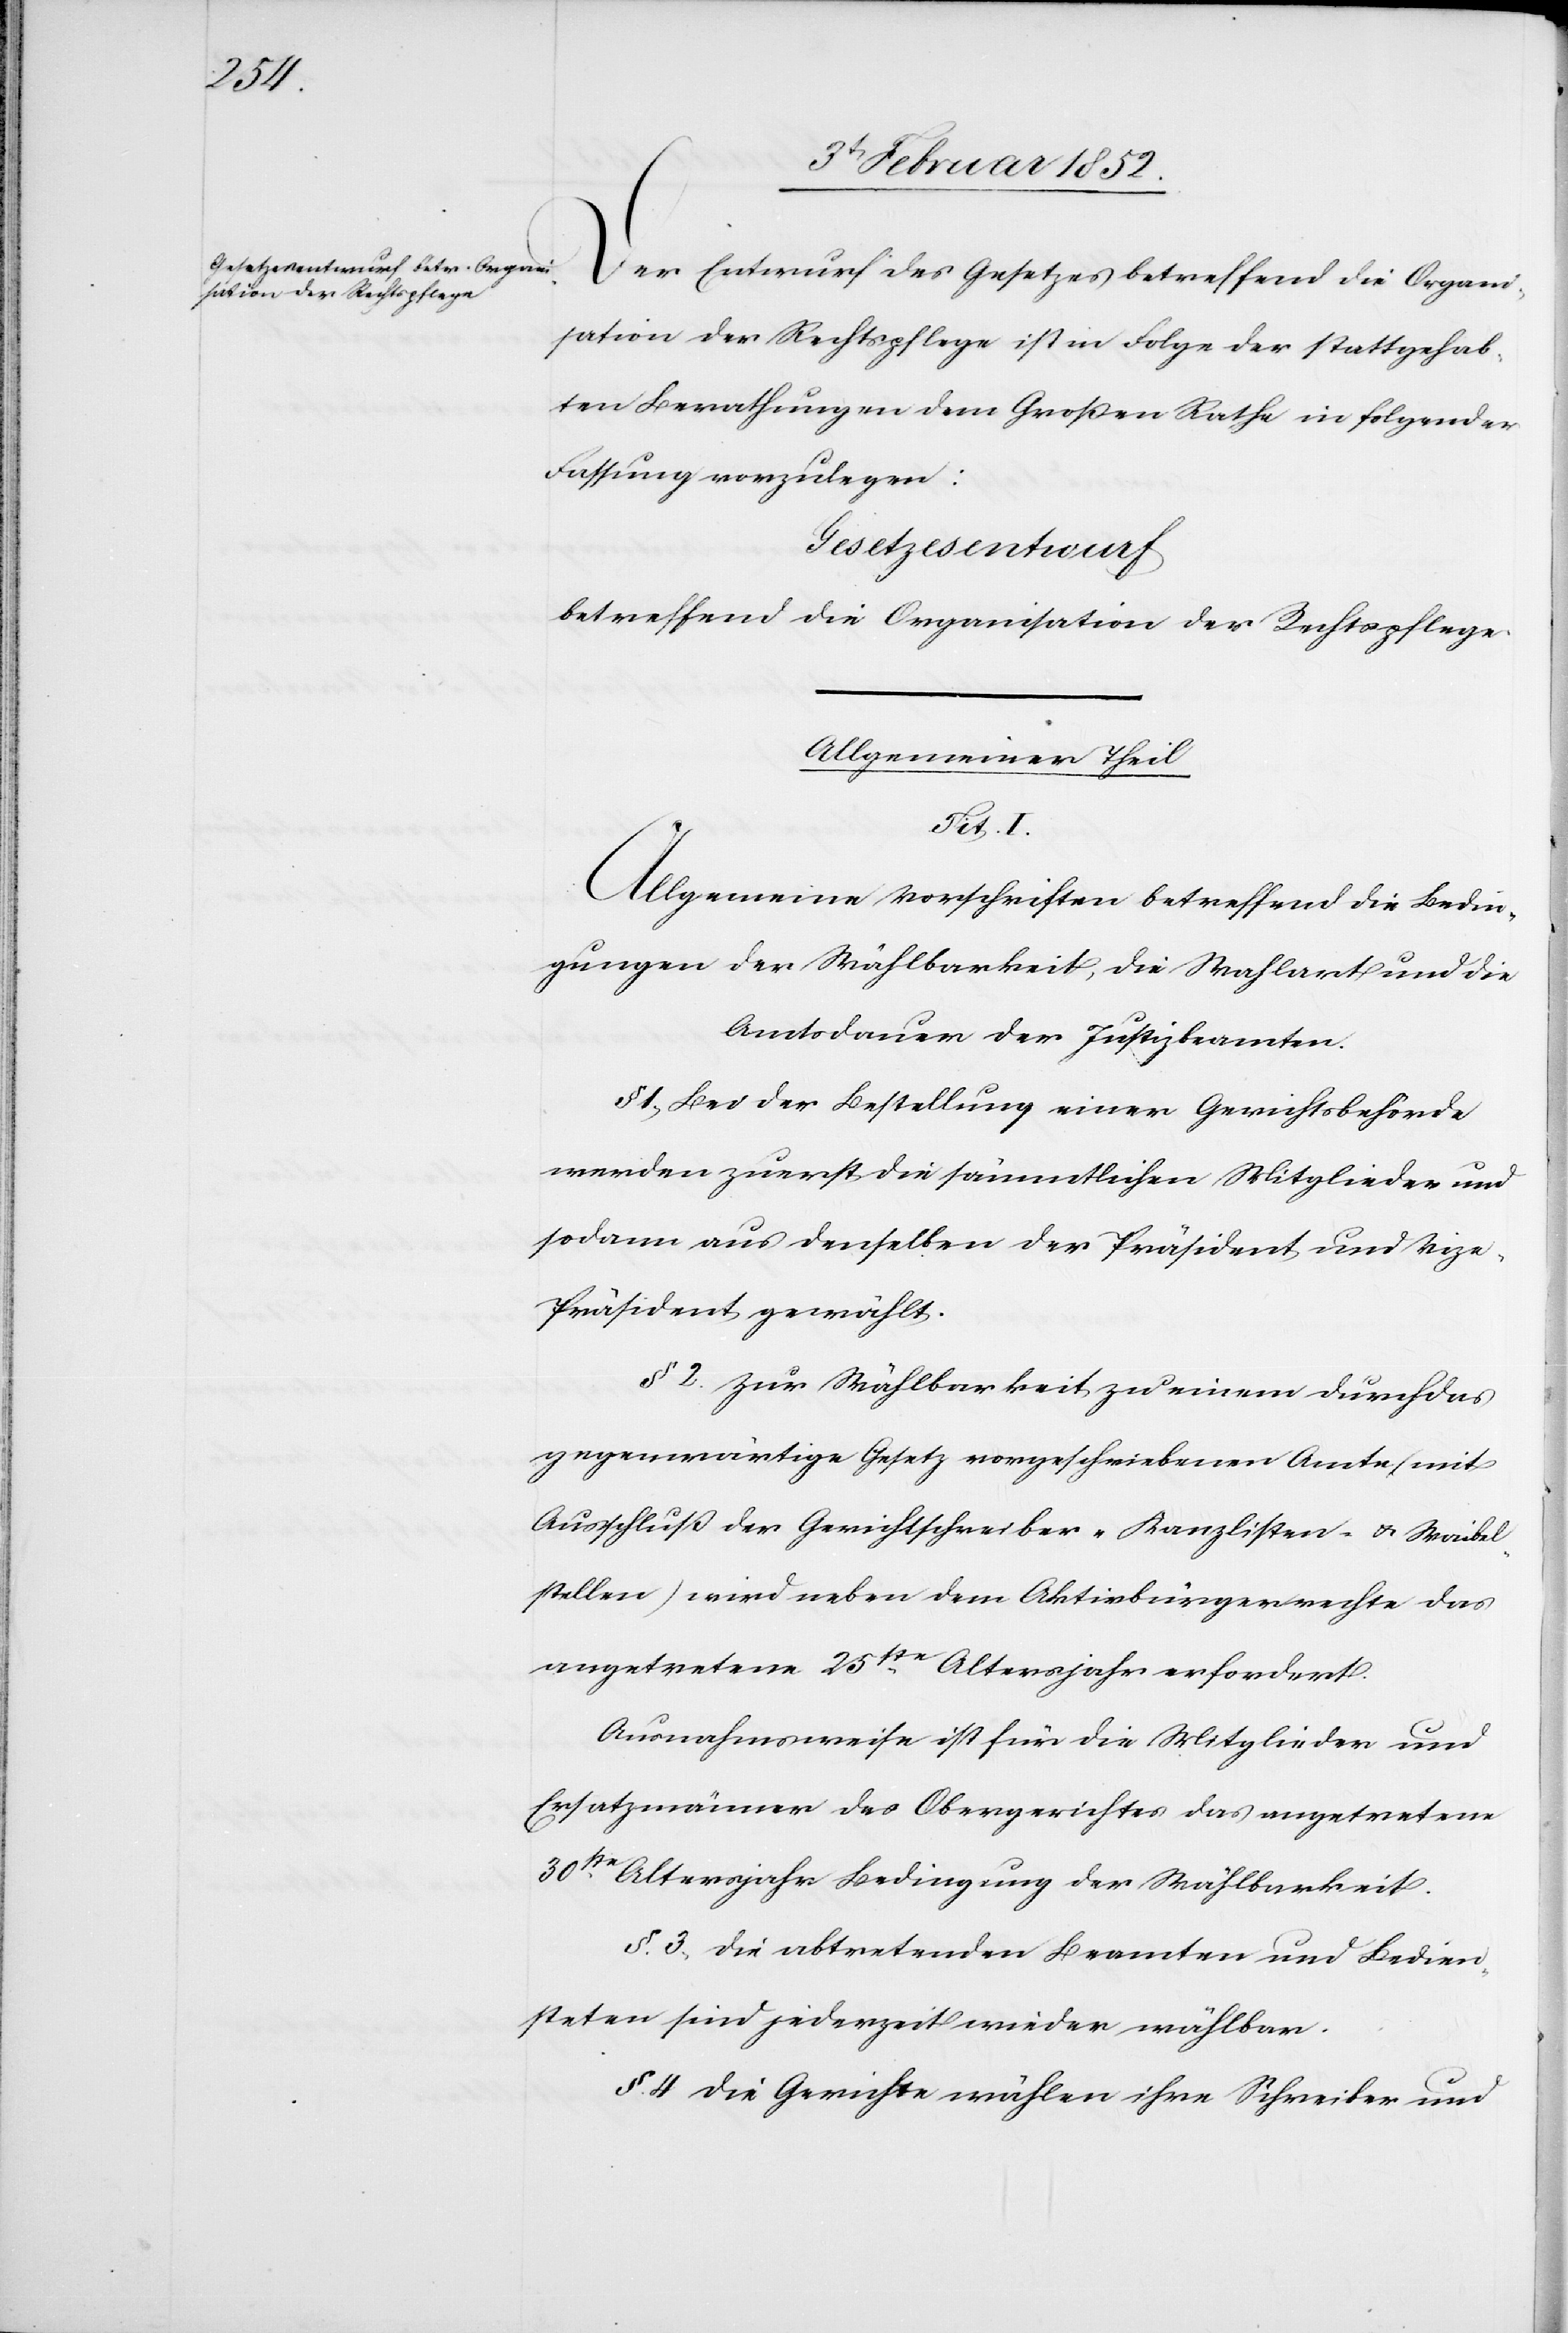
Der Entwurf des Gesetzes betreffend die Organi¬
sation der Rechtspflege ist in Folge der stattgehab¬
ten Berathungen dem Großen Rathe in folgender
Fassung vorzulegen:
Gesetzesentwurf
betreffend die Organisation der Rechtspflege.
Allgemeiner Theil
Tit.I.
Allgemeine Vorschriften betreffend die Bedin¬
gungen der Wählbarkeit, die Wahl und die
Amtsdauer der Justizbeamten.
§ 1.) Bei der Bestellung einer Gerichtsbehörde
werden zuerst die sämmtlichen Mitglieder und
sodann aus denselben der Präsident und Viz¬
e-Präsident gewählt.
§ 2. Zur Wählbarkeit zu einem durch das
gegenwärtige Gesetz vorgeschriebenen Amte (mit
Ausschluß der Gerichtsschreiber- Kanzlisten- u. Waibel¬
stellen) wird neben dem Aktivbürgerrechte das
angetretene 25te Altersjahr erfordert.
Ausnahmsweise ist für die Mitglieder und
Ersatzmänner des Obergerichtes das angetretene
30ste Altersjahr Bedingung der Wählbarkeit.
§. 3. Die abtretenden Beamten und Bedien¬
steten sind jederzeit wieder wählbar.
§. 4 Die Gerichte wählen ihre Schreiber und